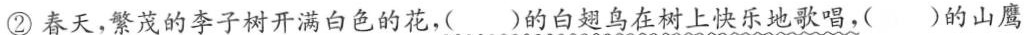
②春天，繁茂的李子树开满白色的花，()的白翅鸟在树上快乐地歌唱，()的山鹰